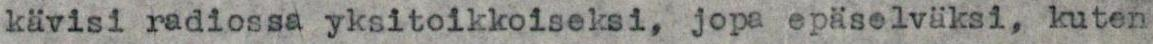
kävisi radiossa yksitoikkoiseksi, jopa epäselväksi, kuten